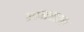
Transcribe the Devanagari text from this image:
ग्रामराज्य